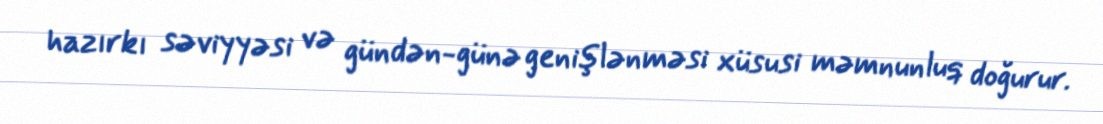
hazırkı səviyyəsi və gündən-günə genişlənməsi xüsusi məmnunluq doğurur.